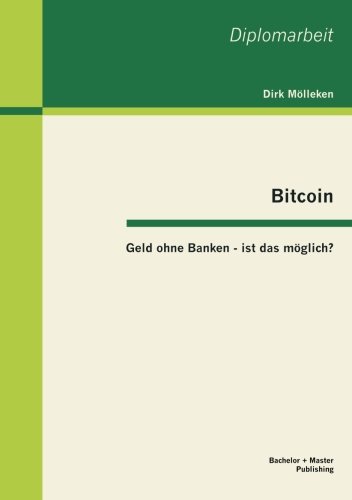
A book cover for Bitcoin: Geld Ohne Banken - Ist Das Moglich? (German Edition); Dirk M. Lleken; Computers & Technology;